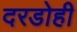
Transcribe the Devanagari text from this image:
दरडोही